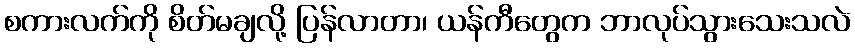
စကားလက်ကို စိတ်မချလို့ ပြန်လာတာ၊ ယန်ကီတွေက ဘာလုပ်သွားသေးသလဲ